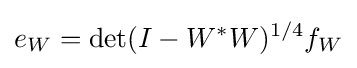
{e_{W}=\det(I-W^{*}W)^{1/4}f_{W}}